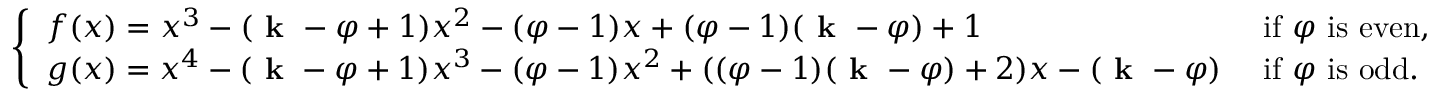
\left\{ \begin{array} { l l } { f ( x ) = x ^ { 3 } - ( \textbf { k } - \varphi + 1 ) x ^ { 2 } - ( \varphi - 1 ) x + ( \varphi - 1 ) ( \textbf { k } - \varphi ) + 1 } & { \mathrm { ~ i f ~ } \varphi \mathrm { ~ i s ~ e v e n , } } \\ { g ( x ) = x ^ { 4 } - ( \textbf { k } - \varphi + 1 ) x ^ { 3 } - ( \varphi - 1 ) x ^ { 2 } + ( ( \varphi - 1 ) ( \textbf { k } - \varphi ) + 2 ) x - ( \textbf { k } - \varphi ) } & { \mathrm { ~ i f ~ } \varphi \mathrm { ~ i s ~ o d d } . } \end{array} \right.